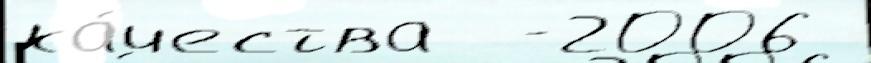
ка́чества  -2006